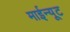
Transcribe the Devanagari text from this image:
माईन्यूट